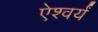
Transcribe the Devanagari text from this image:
ऐश्वर्यं